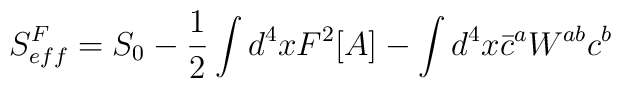
S_{eff}^F = S_0 - \frac{ 1}{2 }\int d^4x F^2[A] -\int d^4 x \bar{c} ^aW^{ab} c^b